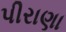
પીરાણા